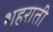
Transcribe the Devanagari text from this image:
शहराती